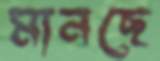
মানছে